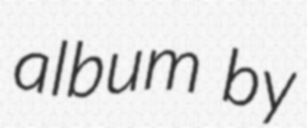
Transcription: album by